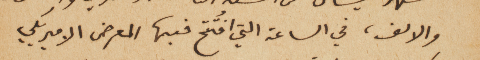
والالف، في الساعة التي افتتحُ فيها المعرض الاميريكي